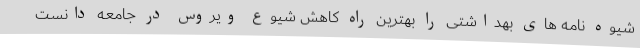
شیوه نامه های بهداشتی را بهترین راه کاهش شیوع ویروس در جامعه دانست